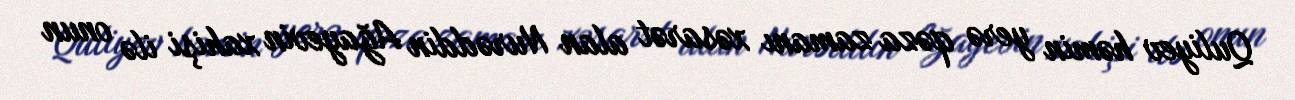
Quliyev həmin yerə qəza zamanı xəsarət alan Nurəddin Ağayevin xahişi ilə onun